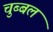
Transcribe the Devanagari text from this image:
चुब्बल